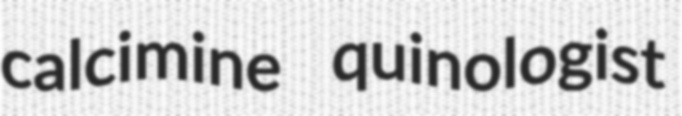
calcimine quinologist